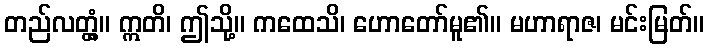
တည်လတ္တံ့။ ဣတိ၊ ဤသို့။ ကထေသိ၊ ဟောတော်မူ၏။ မဟာရာဇ၊ မင်းမြတ်။